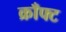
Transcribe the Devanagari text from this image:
क्राँफ्ट